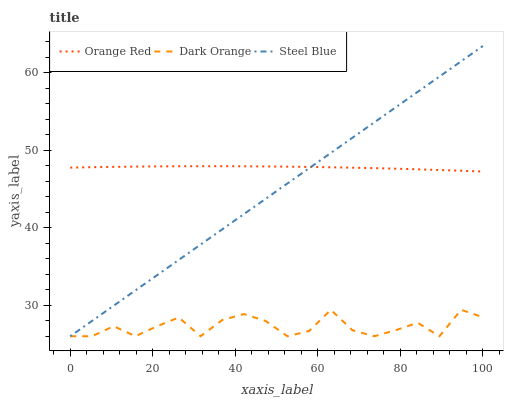
| xaxis_label | Orange Red | Dark Orange | Steel Blue |
 | --- | --- | --- | --- |
 | 0 | 47.8 | 26 | 26 |
 | 5.26 | 47.8 | 26 | 28 |
 | 10.5 | 47.9 | 27.3 | 29.9 |
 | 15.8 | 47.9 | 26 | 31.9 |
 | 21.1 | 47.9 | 27.3 | 33.9 |
 | 26.3 | 47.9 | 28.4 | 35.9 |
 | 31.6 | 48 | 26 | 37.8 |
 | 36.8 | 48 | 28.1 | 39.8 |
 | 42.1 | 47.9 | 28.9 | 41.8 |
 | 47.4 | 47.9 | 28 | 43.8 |
 | 52.6 | 47.9 | 26 | 45.7 |
 | 57.9 | 47.9 | 26.7 | 47.7 |
 | 63.2 | 47.8 | 29.4 | 49.7 |
 | 68.4 | 47.8 | 26.8 | 51.6 |
 | 73.7 | 47.7 | 26 | 53.6 |
 | 78.9 | 47.6 | 26.8 | 55.6 |
 | 84.2 | 47.6 | 27.7 | 57.6 |
 | 89.5 | 47.5 | 26 | 59.5 |
 | 94.7 | 47.4 | 29.4 | 61.5 |
 | 100 | 47.3 | 28.5 | 63.5 |